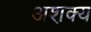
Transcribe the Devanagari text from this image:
अश़क्य